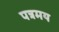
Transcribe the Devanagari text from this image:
पत्रमय